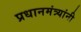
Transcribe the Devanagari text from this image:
प्रधानमंत्र्यांनी